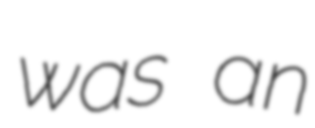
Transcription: was an